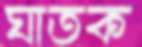
ঘাতক